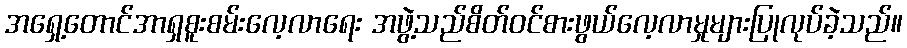
အရှေ့တောင်အာရှစူးစမ်းလေ့လာရေး အဖွဲ့သည်စိတ်ဝင်စားဖွယ်လေ့လာမှုများပြုလုပ်ခဲ့သည်။